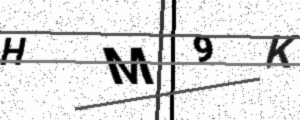
Text: HM9K